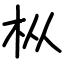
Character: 枞